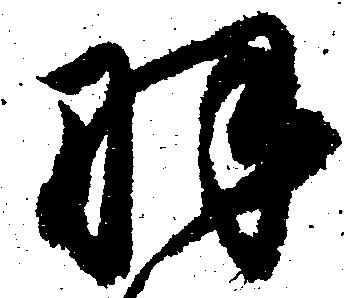
羽